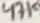
Text: 47K